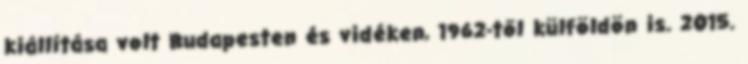
kiállítása volt Budapesten és vidéken, 1962-től külföldön is. 2015.